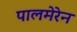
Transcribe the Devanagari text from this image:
पालमेरेन